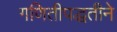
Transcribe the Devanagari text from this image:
गणितीपद्धतीने